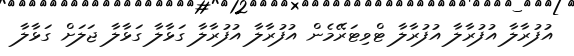
އުފުރާލާ އުފުރާލާ އުފުރާލާ ޓްވިޓަރޭމެން އުފުރާލާ އުފުރާލާ ގަޅާލާ ގަޅާލާ ޖަލަށް ގަޅާލާ